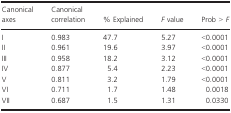
<table><thead><tr><td><b>Canonical axes</b></td><td><b>Canonical correlation</b></td><td><b>% Explained</b></td><td><b><i>F</i> value</b></td><td><b>Prob &gt; <i>F</i></b></td></tr></thead><tbody><tr><td>I</td><td>0.983</td><td>47.7</td><td>5.27</td><td>&lt;0.0001</td></tr><tr><td>II</td><td>0.961</td><td>19.6</td><td>3.97</td><td>&lt;0.0001</td></tr><tr><td>III</td><td>0.958</td><td>18.2</td><td>3.12</td><td>&lt;0.0001</td></tr><tr><td>IV</td><td>0.877</td><td>5.4</td><td>2.23</td><td>&lt;0.0001</td></tr><tr><td>V</td><td>0.811</td><td>3.2</td><td>1.79</td><td>&lt;0.0001</td></tr><tr><td>VI</td><td>0.711</td><td>1.7</td><td>1.48</td><td>0.0018</td></tr><tr><td>VII</td><td>0.687</td><td>1.5</td><td>1.31</td><td>0.0330</td></tr></tbody></table>